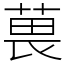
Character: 葨